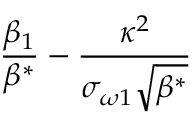
\frac { \beta _ { 1 } } { \beta ^ { * } } - \frac { \kappa ^ { 2 } } { \sigma _ { \omega 1 } \sqrt { \beta ^ { * } } }